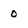
Character: 0